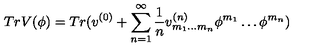
T r V ( \phi ) = T r ( v ^ { ( 0 ) } + \sum _ { n = 1 } ^ { \infty } \frac { 1 } { n } v _ { m _ { 1 } \ldots m _ { n } } ^ { ( n ) } \phi ^ { m _ { 1 } } \ldots \phi ^ { m _ { n } } )